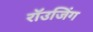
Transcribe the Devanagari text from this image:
रॉउजिंग